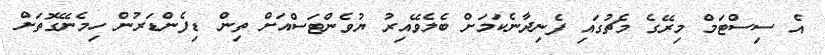
އެ ސިސްޓަމް މިރޭގެ މެޗުގައި ފެނިދާނެކަމަށް ބެލެވޭއިރު ޔުވެންޓަސްއަށް ތިން ޑިފެންޑަރުން ހިމެނޭގޮތަށް